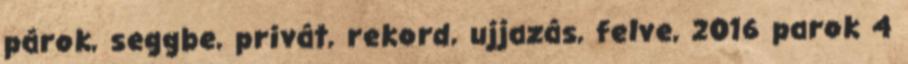
párok, seggbe, privát, rekord, ujjazás, felve, 2016 parok 4